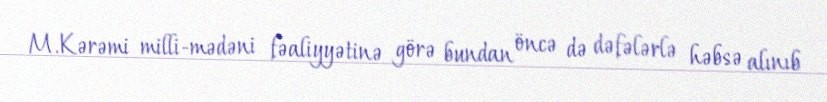
M.Kərəmi milli-mədəni fəaliyyətinə görə bundan öncə də dəfələrlə həbsə alınıb